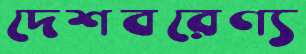
দেশবরেণ্য